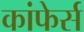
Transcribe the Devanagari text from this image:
कांफेर्स